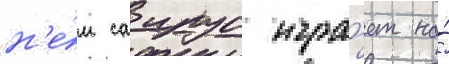
н'е́м саирус игра́ет на́